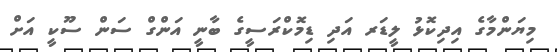
މިޔަންމާގެ އިދިކޮޅު ލީޑަރ އަދި ޑިމޮކްރަސީގެ ބާނީ އަންގް ސަން ސޫކީ އަށް